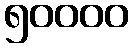
၅၀၀၀၀